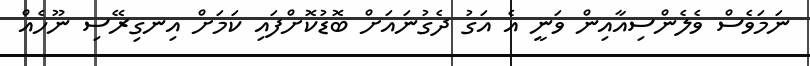
ނަމަވެސް ވެލެންސިއާއިން ވަނީ އެ އަގު ދެގުނައަށް ބޮޑުކޮށްފައި ކަމަށް އިނގިރޭސި ނޫހެއް